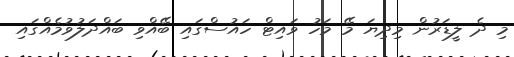
މި ދެ ލީޑަރުން މިދިޔަ މޭ މަހު ވައިޓް ހައުސްގައި ބޭއްވި ބައްދަލުވުމެއްގައި